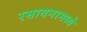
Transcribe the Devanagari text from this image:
रसायनामध्ये